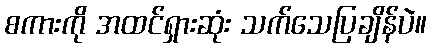
စကားကို အထင်ရှားဆုံး သက်သေပြချိန်ပဲ။